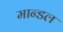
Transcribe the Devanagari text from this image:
मान्डल